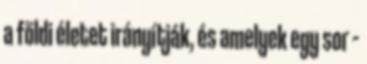
a földi életet irányítják, és amelyek egy sor –